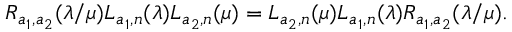
R _ { a _ { 1 } , a _ { 2 } } ( \lambda / \mu ) L _ { a _ { 1 } , n } ( \lambda ) L _ { a _ { 2 } , n } ( \mu ) = L _ { a _ { 2 } , n } ( \mu ) L _ { a _ { 1 } , n } ( \lambda ) R _ { a _ { 1 } , a _ { 2 } } ( \lambda / \mu ) .